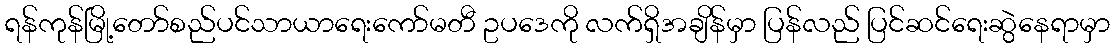
ရန်ကုန်မြို့တော်စည်ပင်သာယာရေးကော်မတီ ဥပဒေကို လက်ရှိအချိန်မှာ ပြန်လည် ပြင်ဆင်ရေးဆွဲနေရာမှာ